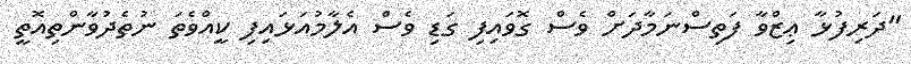
"ދަރިފުޅާ ޢިޒްވާ ފަތިސްނަމާދަށް ވެސް ގޮވައިފި ގަޑި ވެސް އެލާމުއަޅައިފި ކީއްވެތަ ނުތެދުވާންތިއޮތީ